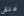
ملكى